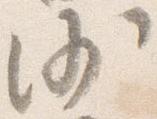
沙